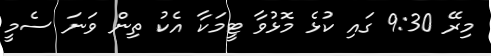
މިރޭ 9:30 ގައި ކުޅެ މޮޅުވާ ޓީމަކާ އެކު ތިން ވަނަ ސެމީ